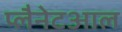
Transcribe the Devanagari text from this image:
प्लैनेटआल